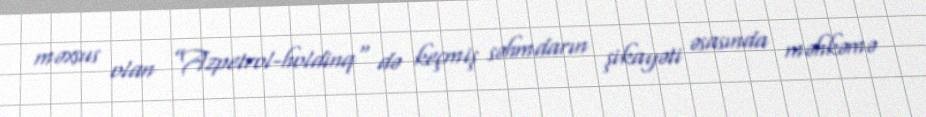
məxsus olan ”Azpetrol-holdinq" də keçmiş səhmdarın şikayəti əsasında məhkəmə